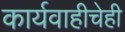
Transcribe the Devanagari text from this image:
कार्यवाहीचेही